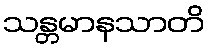
သန္တမာနသာတိ